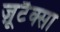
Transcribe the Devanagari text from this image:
ज़ूटैक्सा